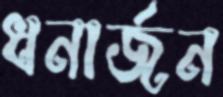
ধনার্জন